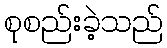
စုစည်းခဲ့သည်